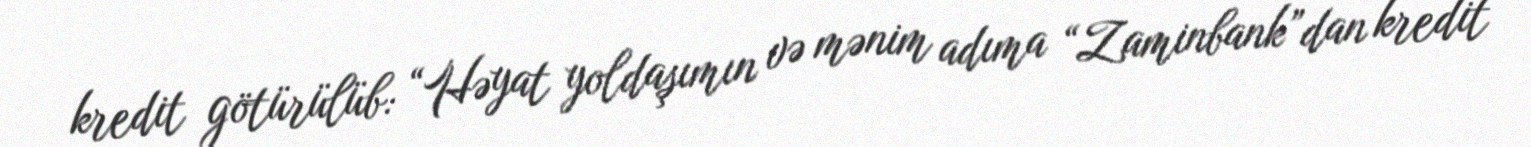
kredit götürülüb: “Həyat yoldaşımın və mənim adıma “Zaminbank”dan kredit